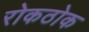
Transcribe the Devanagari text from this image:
रोकठोक